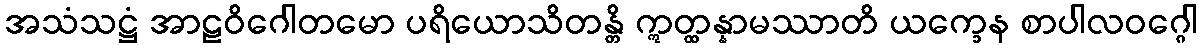
အသံသဋ္ဌံ အာဠဝိဂေါတမော ပရိယောသိတန္တိ ဣတ္ထန္နာမဿာတိ ယက္ခေန စာပါလဝဂ္ဂေါ